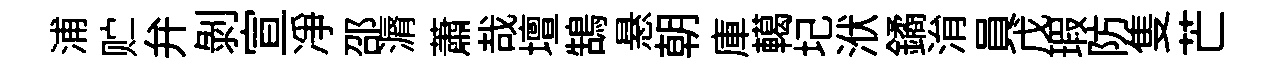
浦贮弁剝宣凈邵漘蕭哉壇鵠悬朝庫轕圮洑鐍㳙員戊瑕防隻芒